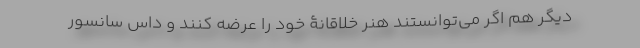
دیگر هم اگر می‌توانستند هنر خلاقانۀ خود را عرضه کنند و داسِ سانسور